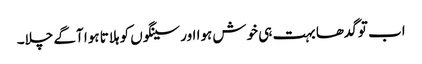
اب تو گدھا بہت ہی خوش ہوا اور سینگوں کو ہلاتا ہوا آگے چلا۔